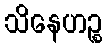
သိနေဟဉ္စ